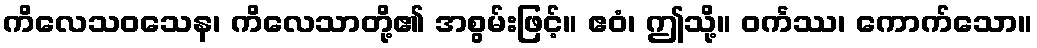
ကိလေသဝသေန၊ ကိလေသာတို့၏ အစွမ်းဖြင့်။ ဧဝံ၊ ဤသို့။ ဝင်္ကဿ၊ ကောက်သော။